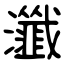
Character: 瀸